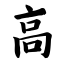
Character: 高